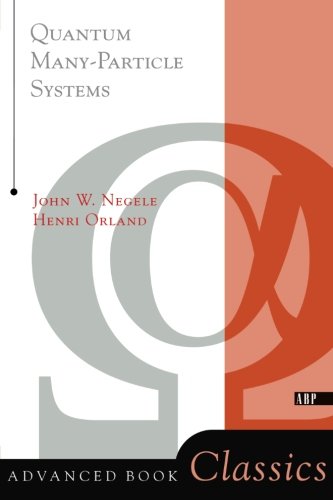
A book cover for Quantum Many-particle Systems (Advanced Books Classics); John W. Negele; Science & Math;